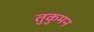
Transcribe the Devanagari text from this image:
तुकुमन